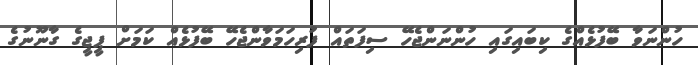
ހުންނަވާ ބޭފުޅެއްގެ ކިބައިގައި ހުންނަންޖެހޭ ސިފަތައް ފުރިހަމަވާންޖެހޭ ބޭފުޅެއް ކަމަށް ޕީޖީގެ ގާނޫނުގެ